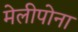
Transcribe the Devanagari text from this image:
मेलीपोना